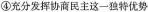
④充分发挥协商民主这一独特优势